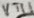
Text: VT11